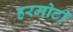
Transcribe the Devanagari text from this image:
हरमोटी